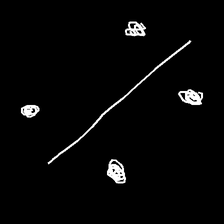
Glyph: cool